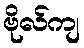
ဗိုလ်ကျ